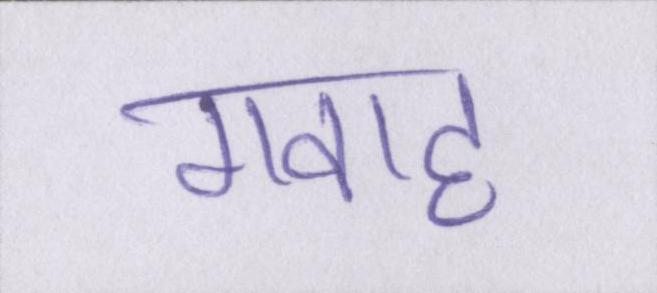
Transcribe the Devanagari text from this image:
गवाह